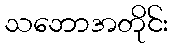
သဘောအတိုင်း